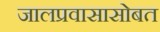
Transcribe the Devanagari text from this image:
जालप्रवासासोबत